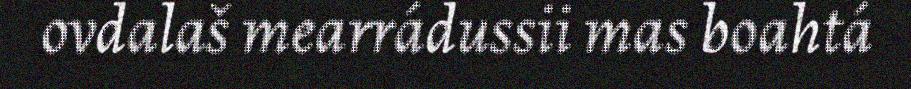
ovdalaš mearrádussii mas boahtá